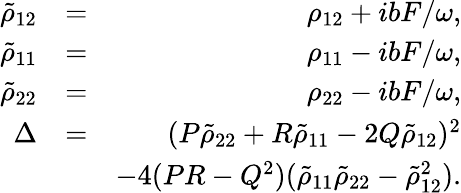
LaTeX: \begin{array}{rlr}{\tilde{\rho}_{12}}&{=}&{\rho_{12}+ibF/\omega,}\\ {\tilde{\rho}_{11}}&{=}&{\rho_{11}-ibF/\omega,}\\ {\tilde{\rho}_{22}}&{=}&{\rho_{22}-ibF/\omega,}\\ {\Delta}&{=}&{(P\tilde{\rho}_{22}+R\tilde{\rho}_{11}-2Q\tilde{\rho}_{12})^{2}}\\ &{}&{-4(PR-Q^{2})(\tilde{\rho}_{11}\tilde{\rho}_{22}-\tilde{\rho}_{12}^{2}).}\end{array}